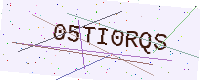
Text: 05TI0RQS